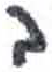
אות: ב